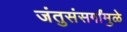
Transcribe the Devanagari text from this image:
जंतुसंसर्गांमुळे